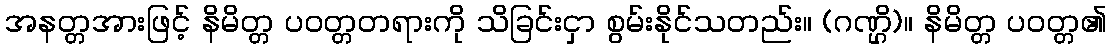
အနတ္တအားဖြင့် နိမိတ္တ ပဝတ္တတရားကို သိခြင်းငှာ စွမ်းနိုင်သတည်း။ (ဂဏ္ဌိ)။ နိမိတ္တ ပဝတ္တ၏